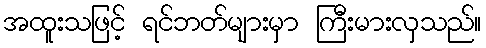
အထူးသဖြင့် ရင်ဘတ်များမှာ ကြီးမားလှသည်။